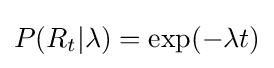
P(R_{t}|\lambda )=\exp(-\lambda t)